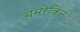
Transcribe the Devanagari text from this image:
अमरेकिन